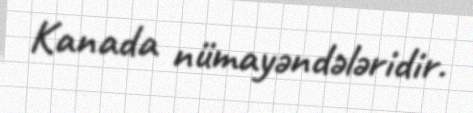
Kanada nümayəndələridir.